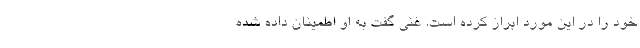
خود را در این مورد ابراز کرده است. غنی گفت به او اطمینان داده شده